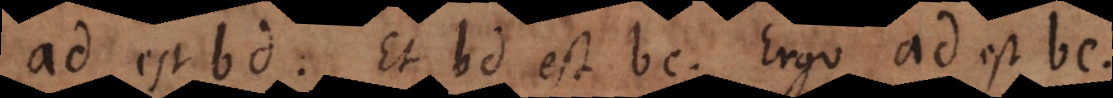
ad est bd. Et bd est bc. Ergo ad est bc.